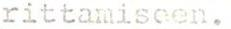
rittamiseen.